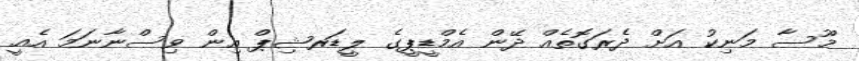
މޫސާ މަނިކު އަށް ދެރަގޮތެއް ދޭން އެމްޑީޕީގެ ލީޑަރޝިޕް އިން ވިސްނާނަމަ އެއީ